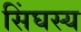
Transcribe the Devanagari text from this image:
सिंघस्य